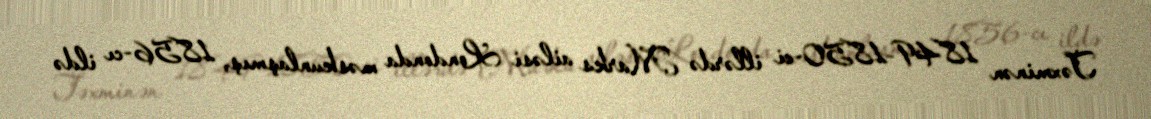
Təxminən 1849–1850-ci illərdə Marks ailəsi Londonda məskunlaşmış, 1856-cı ildə